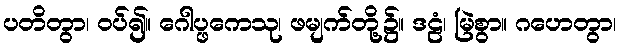
ပတိတွာ၊ ဝပ်၍။ ဂေါပ္ဖကေသု၊ ဖမျက်တို့၌။ ဒဠံ၊ မြဲစွာ။ ဂဟေတွာ၊